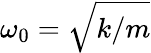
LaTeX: \omega_{0}=\sqrt{k/m}